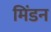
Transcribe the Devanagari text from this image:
मिंडन